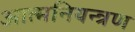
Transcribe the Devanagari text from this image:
आत्मनियन्त्रण